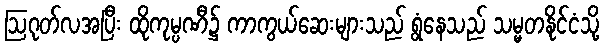
ဩဂုတ်လအပြီး ထိုကုမ္ပဏီ၌ ကာကွယ်ဆေးများသည် ရွံနေသည် သမ္မတနိုင်ငံသို့